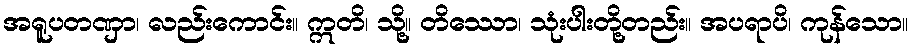
အရူပတဏှာ၊ လည်းကောင်း။ ဣတိ၊ သို့။ တိဿော၊ သုံးပါးတို့တည်း။ အပရာပိ၊ ကုန်သော။